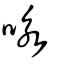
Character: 咏